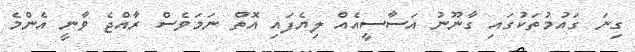
ގިނަ ގައުމުތަކުގައި ގާނޫނު އަސާސީއެއް ލިޔެފައި އޮތް ނަމަވެސް ރާއްޖެ ވާނީ އެންމެ